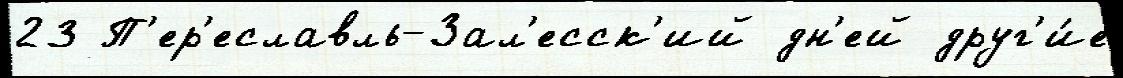
23 П'ер'еславль-Зал'есск'ий дн'ей друг'и́е